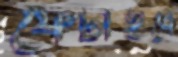
ফেটাইবে